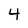
Character: 4